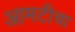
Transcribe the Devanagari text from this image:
आमटीचा